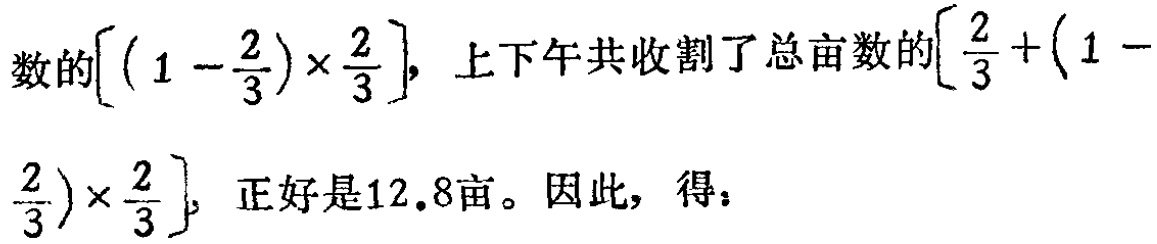
数的\(\left[\left(1 - \frac{2}{3}\right)\times\frac{2}{3}\right]\)，上下午共收割了总亩数的\(\left[\frac{2}{3}+\left(1 - \frac{2}{3}\right)\times\frac{2}{3}\right]\)，正好是\(12.8\)亩。因此，得：